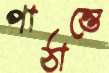
পাঠান্তে